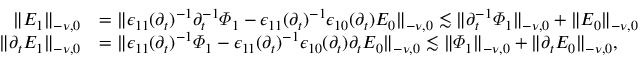
\begin{array} { r l } { \lVert E _ { 1 } \rVert _ { - \nu , 0 } } & { = \lVert \epsilon _ { 1 1 } ( \partial _ { t } ) ^ { - 1 } \partial _ { t } ^ { - 1 } \varPhi _ { 1 } - \epsilon _ { 1 1 } ( \partial _ { t } ) ^ { - 1 } \epsilon _ { 1 0 } ( \partial _ { t } ) E _ { 0 } \rVert _ { - \nu , 0 } \lesssim \lVert \partial _ { t } ^ { - 1 } \varPhi _ { 1 } \rVert _ { - \nu , 0 } + \lVert E _ { 0 } \rVert _ { - \nu , 0 } } \\ { \lVert \partial _ { t } E _ { 1 } \rVert _ { - \nu , 0 } } & { = \lVert \epsilon _ { 1 1 } ( \partial _ { t } ) ^ { - 1 } \varPhi _ { 1 } - \epsilon _ { 1 1 } ( \partial _ { t } ) ^ { - 1 } \epsilon _ { 1 0 } ( \partial _ { t } ) \partial _ { t } E _ { 0 } \rVert _ { - \nu , 0 } \lesssim \lVert \varPhi _ { 1 } \rVert _ { - \nu , 0 } + \lVert \partial _ { t } E _ { 0 } \rVert _ { - \nu , 0 } , } \end{array}